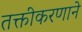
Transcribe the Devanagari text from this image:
तक्तीकरणाने